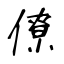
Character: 僚